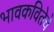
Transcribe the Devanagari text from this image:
भावकवितेचे